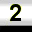
Digit: 2